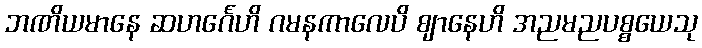
ဘဏိယမာနေ ဆဟင်္ဂေဟိ ဂမနကာလေပိ ဈာနေဟိ အညမညပစ္စယေသု